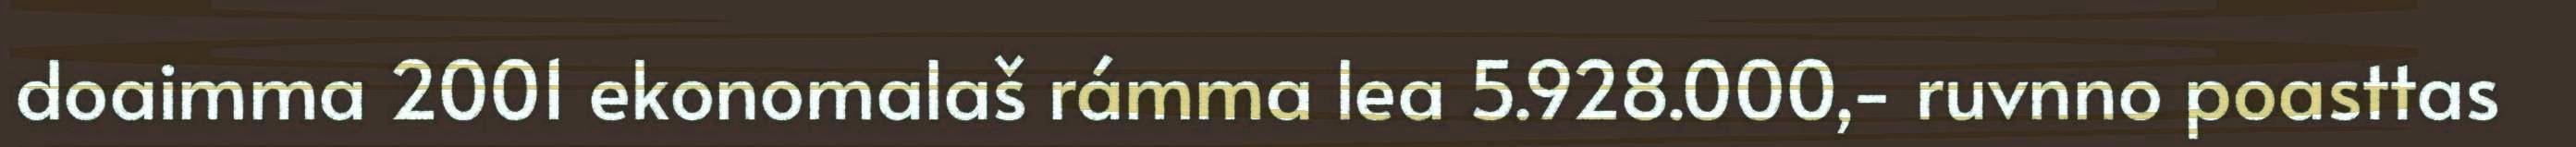
doaimma 2001 ekonomalaš rámma lea 5.928.000,- ruvnno poasttas